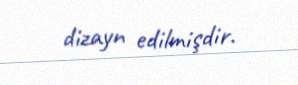
dizayn edilmişdir.